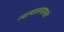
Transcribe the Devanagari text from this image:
न्यायालयामधे